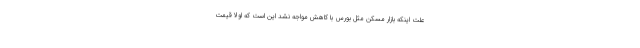
علت اینکه بازار مسکن مثل بورس با کاهش مواجه نشد این است که اولا قیمت